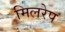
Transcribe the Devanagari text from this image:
मिलरेप